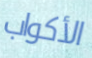
الأكواب